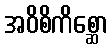
အဝိစိကိစ္ဆော